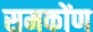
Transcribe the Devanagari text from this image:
समकोंण